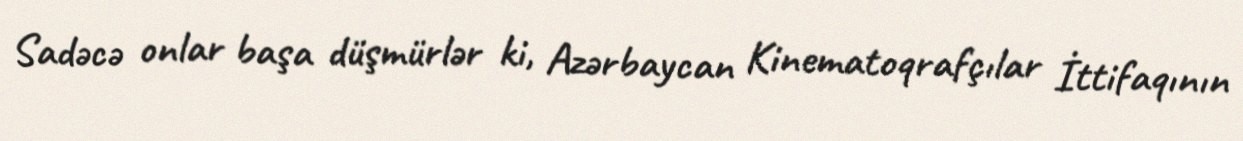
Sadəcə onlar başa düşmürlər ki, Azərbaycan Kinematoqrafçılar İttifaqının